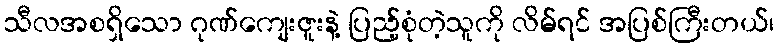
သီလအစရှိသော ဂုဏ်ကျေးဇူးနဲ့ ပြည့်စုံတဲ့သူကို လိမ်ရင် အပြစ်ကြီးတယ်၊